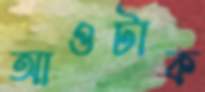
আওটাক